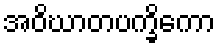
အဝိဃာတပက္ခိကော